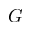
G